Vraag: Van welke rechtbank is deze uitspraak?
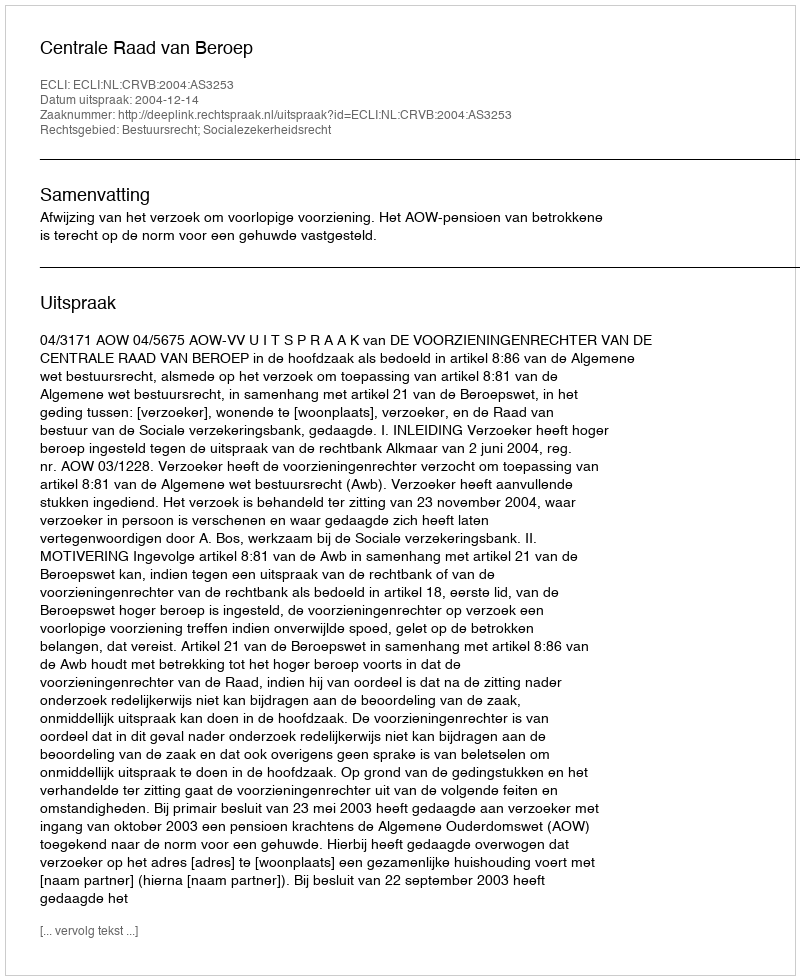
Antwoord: Centrale Raad van Beroep